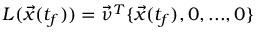
L ( \vec { x } ( t _ { f } ) ) = \vec { \nu } ^ { T } \{ \vec { x } ( t _ { f } ) , 0 , . . . , 0 \}